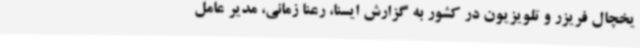
یخچال فریزر و تلویزیون در کشور به گزارش ایسنا، رعنا زمانی، مدیر عامل